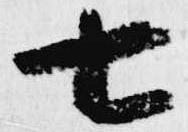
七